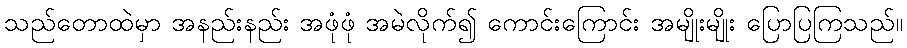
သည်တောထဲမှာ အနည်းနည်း အဖုံဖုံ အမဲလိုက်၍ ကောင်းကြောင်း အမျိုးမျိုး ပြောပြကြသည်။